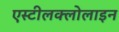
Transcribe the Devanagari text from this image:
एस्टीलक्लोलाइन